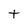
Character: t